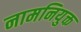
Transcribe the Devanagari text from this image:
नामनियुक्त